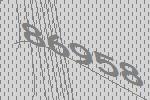
86958